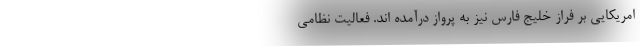
امریکایی بر فراز خلیج فارس نیز به پرواز درآمده اند. فعالیت نظامی